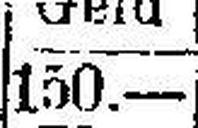
150.—